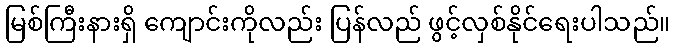
မြစ်ကြီးနားရှိ ကျောင်းကိုလည်း ပြန်လည် ဖွင့်လှစ်နိုင်ရေးပါသည်။